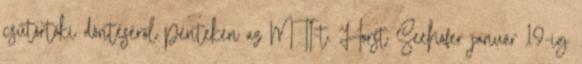
csütörtöki döntéséről pénteken az MTI-t. Horst Seehofer január 19-ig